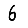
Digit: 6